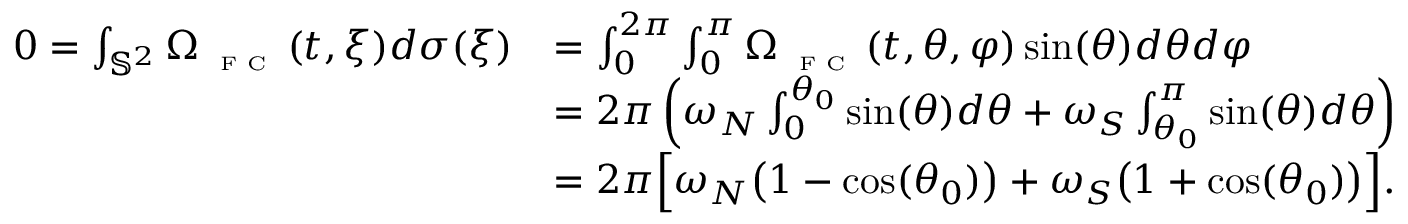
\begin{array} { r l } { 0 = \int _ { \mathbb { S } ^ { 2 } } \Omega _ { \textnormal { \tiny { F C } } } ( t , \xi ) d \sigma ( \xi ) } & { = \int _ { 0 } ^ { 2 \pi } \int _ { 0 } ^ { \pi } \Omega _ { \textnormal { \tiny { F C } } } ( t , \theta , \varphi ) \sin ( \theta ) d \theta d \varphi } \\ & { = 2 \pi \left( \omega _ { N } \int _ { 0 } ^ { \theta _ { 0 } } \sin ( \theta ) d \theta + \omega _ { S } \int _ { \theta _ { 0 } } ^ { \pi } \sin ( \theta ) d \theta \right) } \\ & { = 2 \pi \Big [ \omega _ { N } \big ( 1 - \cos ( \theta _ { 0 } ) \big ) + \omega _ { S } \big ( 1 + \cos ( \theta _ { 0 } ) \big ) \Big ] . } \end{array}